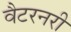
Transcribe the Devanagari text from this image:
वैटरनरी